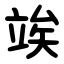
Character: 竢